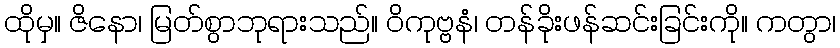
ထိုမှ။ ဇိနော၊ မြတ်စွာဘုရားသည်။ ဝိကုဗ္ဗနံ၊ တန်ခိုးဖန်ဆင်းခြင်းကို။ ကတွာ၊